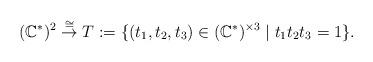
LaTeX: \begin{align*}(\mathbb{C}^{\ast})^2\stackrel{\cong}{\to} T:=\{(t_1, t_2, t_3) \in (\mathbb{C}^{\ast})^{\times 3} \mid t_1 t_2 t_3=1\}. \end{align*}